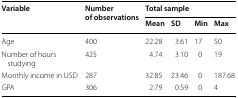
| <ROWSPAN=2> Variable | <ROWSPAN=2> Number of observations | <COLSPAN=4> Total sample |
 | Mean | SD | Min | Max |
 | --- | --- | --- | --- | --- | --- |
 | Age | 400 | 22.28 | 3.61 | 17 | 50 |
 | Number of hours studying | 425 | 4.74 | 3.10 | 0 | 19 |
 | Monthly income in USD | 287 | 32.85 | 23.46 | 0 | 187.68 |
 | GPA | 306 | 2.79 | 0.59 | 0 | 4 |